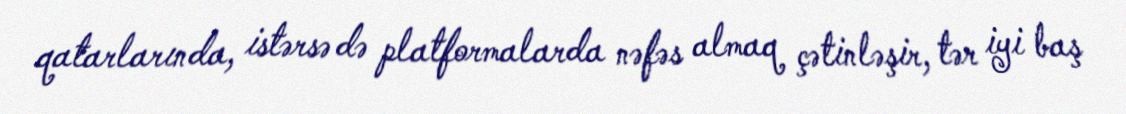
qatarlarında, istərsə də platformalarda nəfəs almaq çətinləşir, tər iyi baş